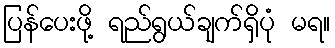
ပြန်ပေးဖို့ ရည်ရွယ်ချက်ရှိပုံ မရ။